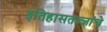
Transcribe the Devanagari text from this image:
इतिहासतज्ज्ञांचे